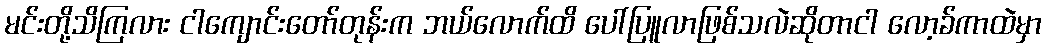
မင်းတို့သိကြလား ငါကျောင်းတော်တုန်းက ဘယ်လောက်ထိ ပေါ်ပြူလာဖြစ်သလဲဆိုတာငါ လော့ခ်ကာထဲမှာ